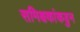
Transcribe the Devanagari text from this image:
समिक्षकांकडुन